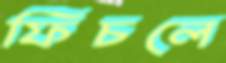
ফিচলে